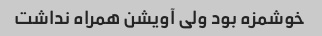
خوشمزه بود ولی آویشن همراه نداشت